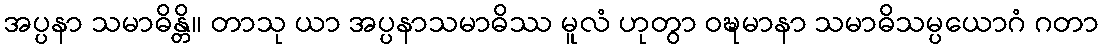
အပ္ပနာ သမာဓိန္တိ။ တာသု ယာ အပ္ပနာသမာဓိဿ မူလံ ဟုတွာ ဝဍ္ဎမာနာ သမာဓိသမ္ပယောဂံ ဂတာ